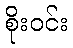
စိုးဝင်း